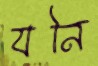
যনি